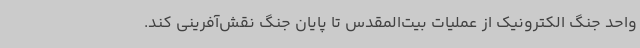
واحد جنگ الکترونیک از عملیات بیت‌المقدس تا پایان جنگ نقش‌آفرینی کند.